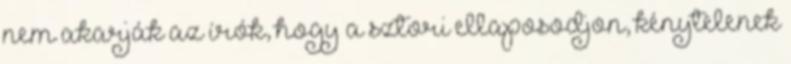
nem akarják az írók, hogy a sztori ellaposodjon, kénytelenek